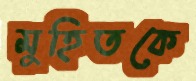
মুহিতকে